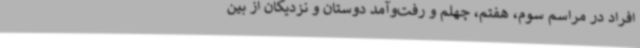
افراد در مراسم سوم، هفتم، چهلم و رفت‌وآمد دوستان و نزدیکان از بین